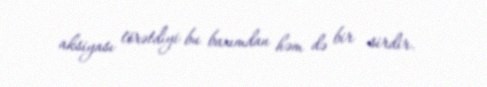
aksiyası törətdiyi bu baxımdan həm də bir sirdir.